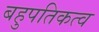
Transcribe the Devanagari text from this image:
बहुपतिकत्व